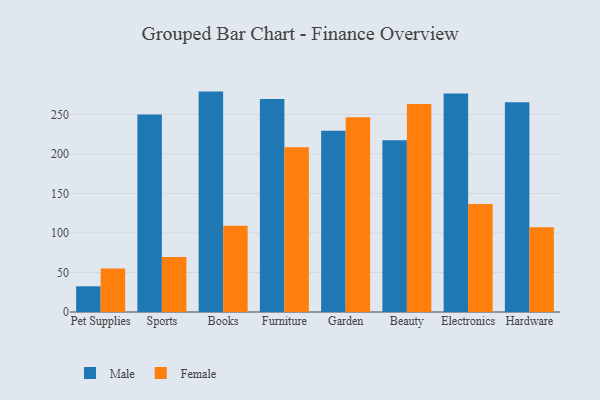
{"axis": {"x": "Category", "y": "Temperature (°C)"}, "legend": ["Female", "Male"], "data": [{"x": "Pet Supplies", "y": 32.5, "type": "Male"}, {"x": "Pet Supplies", "y": 54.9, "type": "Female"}, {"x": "Sports", "y": 249.6, "type": "Male"}, {"x": "Sports", "y": 69.5, "type": "Female"}, {"x": "Books", "y": 278.7, "type": "Male"}, {"x": "Books", "y": 109.1, "type": "Female"}, {"x": "Furniture", "y": 269.4, "type": "Male"}, {"x": "Furniture", "y": 208.3, "type": "Female"}, {"x": "Garden", "y": 229.2, "type": "Male"}, {"x": "Garden", "y": 246.2, "type": "Female"}, {"x": "Beauty", "y": 217.2, "type": "Male"}, {"x": "Beauty", "y": 263.0, "type": "Female"}, {"x": "Electronics", "y": 276.4, "type": "Male"}, {"x": "Electronics", "y": 136.5, "type": "Female"}, {"x": "Hardware", "y": 265.2, "type": "Male"}, {"x": "Hardware", "y": 107.3, "type": "Female"}]}